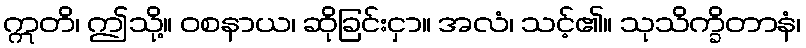
ဣတိ၊ ဤသို့။ ဝစနာယ၊ ဆိုခြင်းငှာ။ အလံ၊ သင့်၏။ သုသိက္ခိတာနံ၊